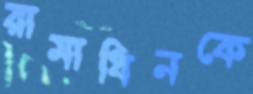
রামাধিনকে